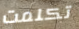
تكلمت